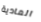
المادية